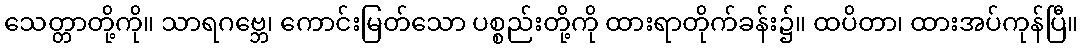
သေတ္တာတို့ကို။ သာရဂဗ္ဘေ၊ ကောင်းမြတ်သော ပစ္စည်းတို့ကို ထားရာတိုက်ခန်း၌။ ထပိတာ၊ ထားအပ်ကုန်ပြီ။